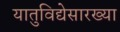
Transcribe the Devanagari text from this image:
यातुविद्येसारख्या